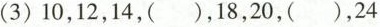
(3)10，12，14，()，18，20，()，24